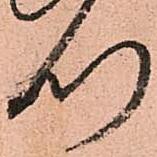
つ